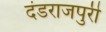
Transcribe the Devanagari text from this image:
दंडराजपुरी